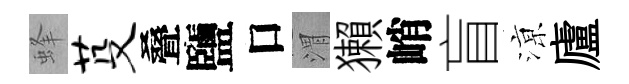
蜂芟叠鹽口渭獺峭盲鿌廬